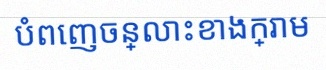
បំពេញចន្លោះខាងក្រោម